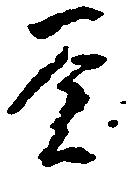
釜